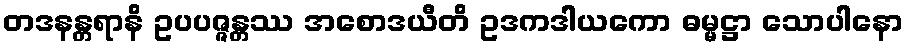
တဒနန္တရာနိ ဥပပဇ္ဇန္တဿ အစောဒယီတိ ဥဒကဒါယကော ဓမ္မဋ္ဌာ သောပါနော